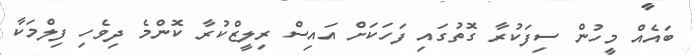
ބައެއް މީހުން ސިފަކުރާ ގޮތުގައި ފަހަކަށް އައިސް ރިލީޒްކުރާ ކޮންމެ ދިވެހި ފިލްމަކާ